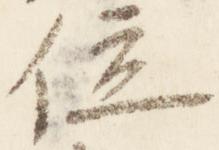
位